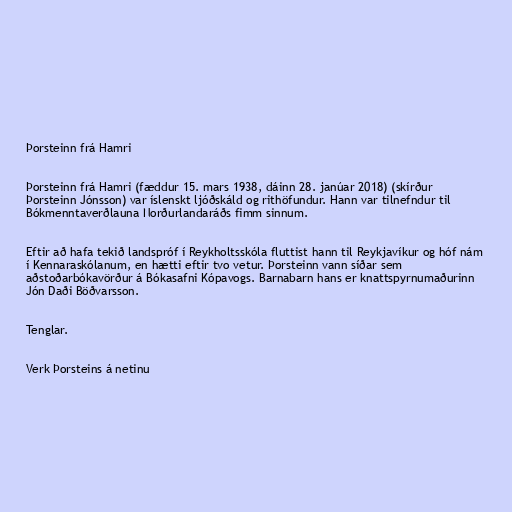
Þorsteinn frá Hamri

Þorsteinn frá Hamri (fæddur 15. mars 1938, dáinn 28. janúar 2018) (skírður
Þorsteinn Jónsson) var íslenskt ljóðskáld og rithöfundur. Hann var tilnefndur til
Bókmenntaverðlauna Norðurlandaráðs fimm sinnum.

Eftir að hafa tekið landspróf í Reykholtsskóla fluttist hann til Reykjavíkur og hóf nám
í Kennaraskólanum, en hætti eftir tvo vetur. Þorsteinn vann síðar sem
aðstoðarbókavörður á Bókasafni Kópavogs. Barnabarn hans er knattspyrnumaðurinn
Jón Daði Böðvarsson.

Tenglar.

Verk Þorsteins á netinu